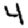
Digit: 4